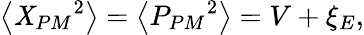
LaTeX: \left\langle{{\mathit{X}}_{PM}}^{2}\right\rangle=\left\langle{{P}_{PM}}^{2}\right\rangle=V+{{\xi}_{E}},